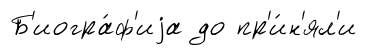
Б'иогра́ф'иjа до пр'и́н'ял'и